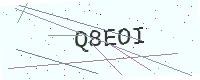
Text: Q8EOI